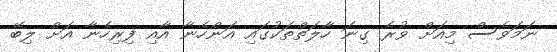
ނަމަވެސް މިއަށް ވުރެ ގިނަ ހާލަތްތަކުގައި އަންހެނާ އާއި ފިރިހެނާ އަށް ލިބޭ